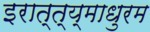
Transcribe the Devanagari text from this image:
इरात्त्य्माधुरम